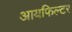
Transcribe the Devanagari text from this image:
आयफिल्टर